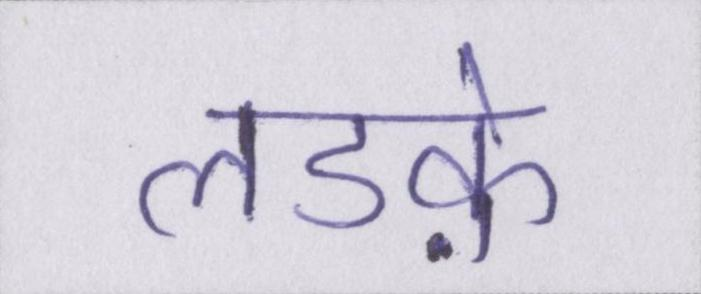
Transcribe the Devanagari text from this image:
लडक़े